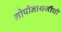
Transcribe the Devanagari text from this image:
गोपीनाथजींची